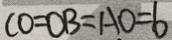
C O = O B = A O = 6